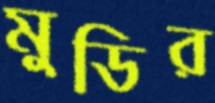
মুডির